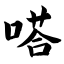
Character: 嗒